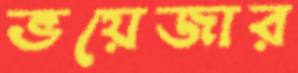
ভয়েজার